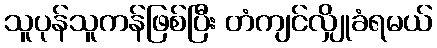
သူပုန်သူကန်ဖြစ်ပြီး တံကျင်လျှိုခံရမယ်